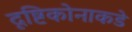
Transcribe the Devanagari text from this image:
दृष्टिकोनाकडे